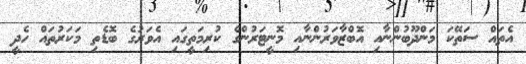
އެތައް ސަތޭކަ މަންދޫބުންނާއި އޮބްޒާވަރުންނާއި މޮނީޓަރުންގެ ކުރިމަތީގައި އެވަރުގެ ބޮޑެތި މަކަރުތައް ހެދީ